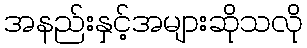
အနည်းနှင့်အများဆိုသလို